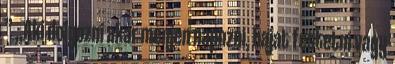
” „Aki dolgozni akar menjen napozni, hajat festetni vagy